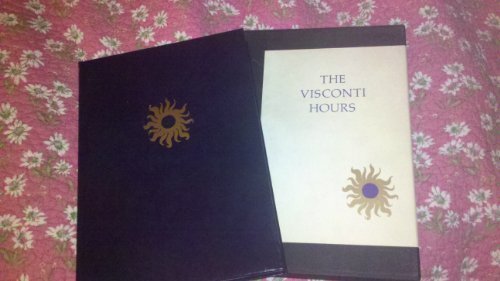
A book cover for The Visconti Hours; Millard Meiss; Arts & Photography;